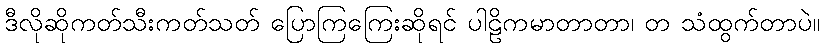
ဒီလိုဆိုကတ်သီးကတ်သတ် ပြောကြကြေးဆိုရင် ပါဠိကမာတာတာ၊ တ သံထွက်တာပဲ။